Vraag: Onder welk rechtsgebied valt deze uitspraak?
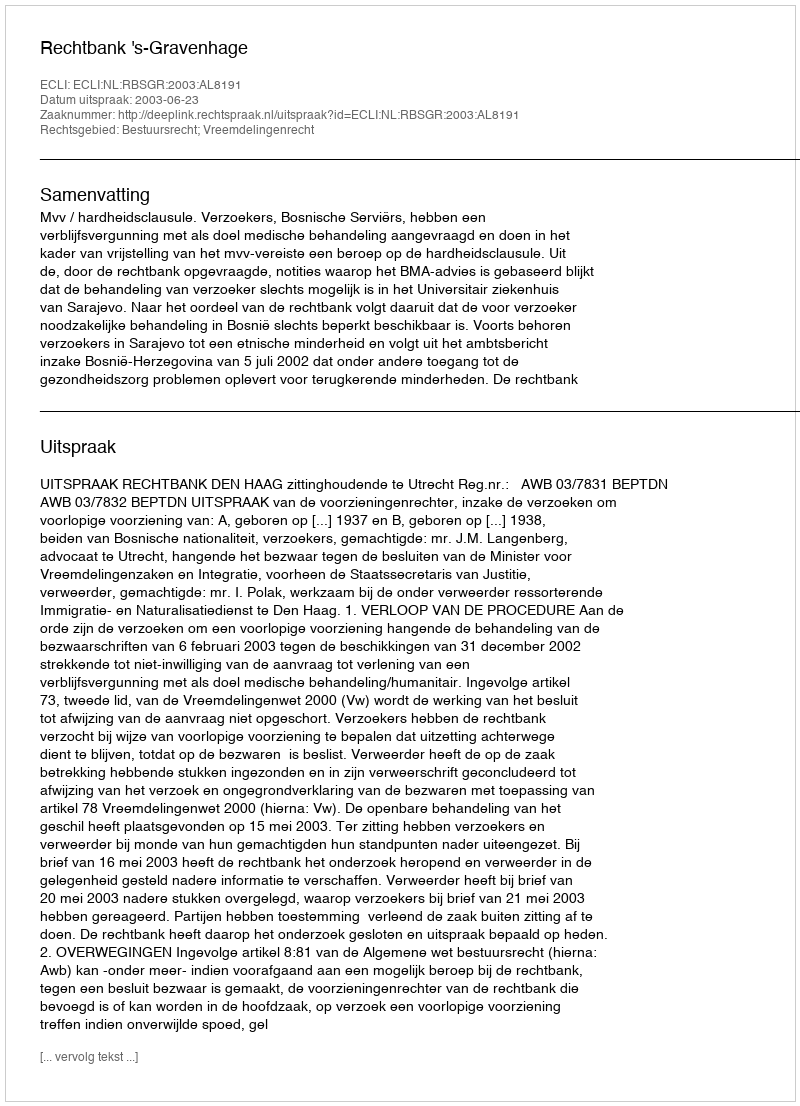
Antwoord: Bestuursrecht; Vreemdelingenrecht